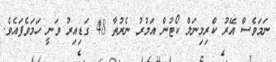
ނަމަވެސް އޭރު ކްރިމިނަލް ކޯޓުން އަމުރު ނެރުތާ 48 ގަޑިއިރު ވަނީ ހަމަވެފައެވެ.